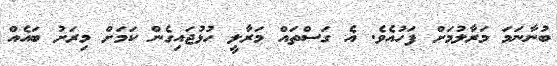
ބުނާނަމަ މަރާލުމަށް ފަހުއެވެ. އެ ގަސްތައް މަރާލީ ހުޅުޖައިގެން ކަމަށް މިރަށު ބައެއް